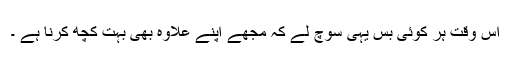
اس وقت ہر کوئی بس یہی سوچ لے کہ مجھے اپنے علاوہ بھی بہت کچھ کرنا ہے ۔